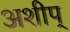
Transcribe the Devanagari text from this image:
अशीप्